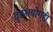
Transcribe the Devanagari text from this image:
दुरुपयोगही